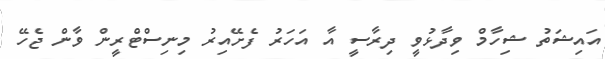
އައިޝަތު ޝިހާމް ވިދާޅުވީ ދިރާސީ އާ އަހަރު ފެށޭއިރު މިނިސްޓްރީން ވާން ޖެހޭ